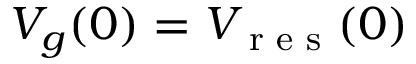
V _ { g } ( 0 ) = V _ { \textrm { r e s } } ( 0 )